Indian journal of veterinary science and animal husbandry - Volume 1,
Year: 1931
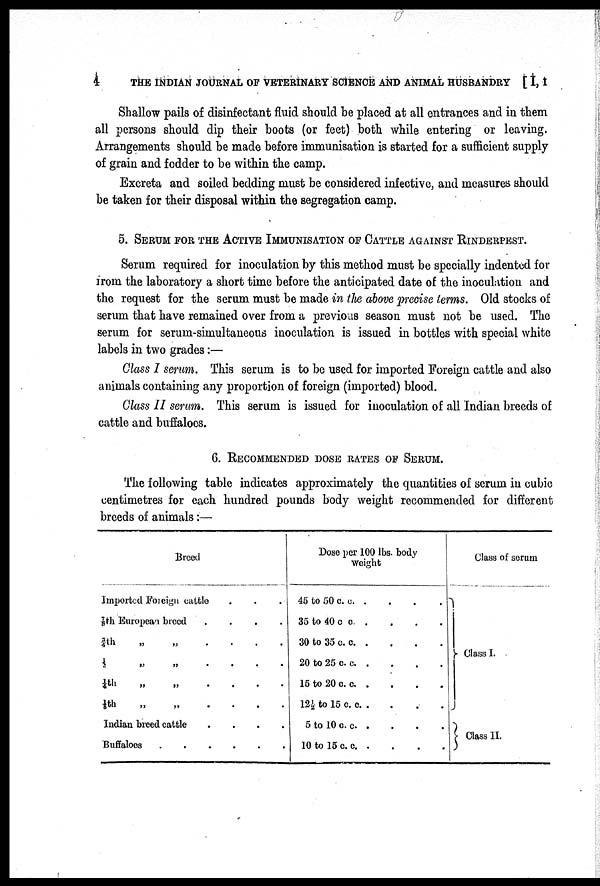
4
THE INDIAN JOURNAL OF VETERINARY SCIENCE AND ANIMAL HUSBANDRY [I, I
Shallow pails of disinfectant fluid should be placed at all entrances and in them
all persons should dip their boots (or feet) both while entering or leaving.
Arrangements should be made before immunisation is started for a sufficient supply
of grain and fodder to be within the camp.
Excreta and soiled bedding must be considered infective, and measures should
be taken for their disposal within the segregation camp.
5. SERUM FOR THE ACTIVE IMMUNISATION OF CATTLE AGAINST RINDERPEST.
Serum required for inoculation by this method must be specially indented for
from the laboratory a short time before the anticipated date of the inoculation and
the request for the serum must be made in the above precise terms. Old stocks of
serum that have remained over from a previous season must not be used. The
serum for serum-simultaneous inoculation is issued in bottles with special white
labels in two grades:—
Class I serum. This serum is to be used for imported Foreign cattle and also
animals containing any proportion of foreign (imported) blood.
Class II serum. This serum is issued for inoculation of all Indian breeds of
cattle and buffaloes.
6. RECOMMENDED DOSE RATES OF SERUM.
The following table indicates approximately the quantities of serum in cubic
centimetres for each hundred pounds body weight recommended for different
breeds of animals:—
Breed
Imported Foreign cattle
7/9th European breed
....
¾th
„
„
....
½
„
„
....
¼th
„
„
....
⅛th
„
„
....
Indian breed cattle
....
Buffaloes
Dose per 100 lbs. body
weight
45 to 50 c. c. .
35 to 40 c. c
30 to 35 c. c
20 to 25 c. c
15 to 20 c. c
12½ to 15 c. c
5 to 10 c. c. .
10 to 15 c. c
Class of serum
} Class I.
} Class II.